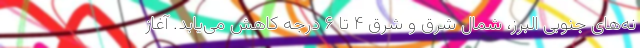
نه‌های جنوبی البرز، شمال شرق و شرق ۴ تا ۶ درجه کاهش می‌یابد. آغاز